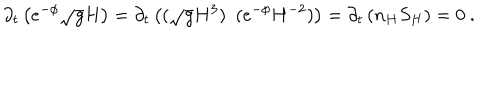
\partial _ { t } \left( e ^ { - \phi } \sqrt { g } H \right) = \partial _ { t } \left( ( \sqrt { g } H ^ { 3 } ) ~ ~ ( e ^ { - \phi } H ^ { - 2 } ) \right) = \partial _ { t } \left( n _ { H } S _ { H } \right) = 0 ~ .